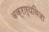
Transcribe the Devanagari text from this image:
वक्रार्थविजा